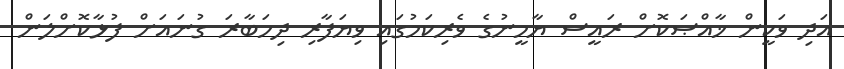
އަދި ވަކީން ޚާއްޞަކޮށް ރައީސް ޔާމީނުގެ ވެރިކަމުގައި ވިޔަފާރި ދިހަބާރަ ގުނައަށް ފުޅާކޮށްލަން